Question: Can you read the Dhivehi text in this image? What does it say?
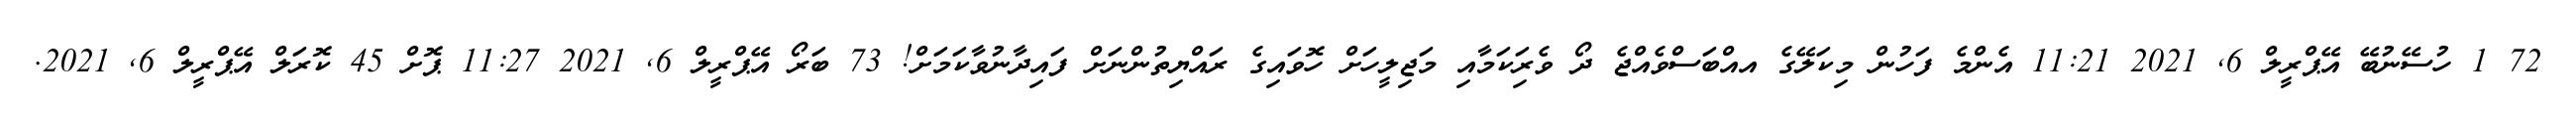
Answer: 72 1 ހުސޭނުބޭ އޭޕްރީލް 6, 2021 11:21 އެންމެ ފަހުން މިކަލޭގެ އއްބަސްވެއްޖެ ދޯ ވެރިަކަމާއި މަޖިލީހަށް ހޮވައިގެ ރައްޔިތުންނަށް ފައިދާނުވާކަމަށް! 73 ބަރޯ އޭޕްރީލް 6, 2021 11:27 ޕޮށް 45 ކޮރަލް އޭޕްރީލް 6, 2021.